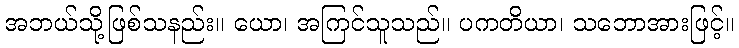
အဘယ်သို့ဖြစ်သနည်း။ ယော၊ အကြင်သူသည်။ ပကတိယာ၊ သဘောအားဖြင့်။